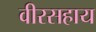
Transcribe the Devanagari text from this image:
वीरसहाय